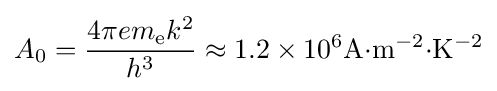
A_{0}={\frac {4\pi em_{\mathrm {e} }k^{2}}{h^{3}}}\approx 1.2\times 10^{6}\mathrm {A{\cdot }m^{-2}{\cdot }K^{-2}}